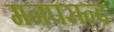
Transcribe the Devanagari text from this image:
मनपसन्द